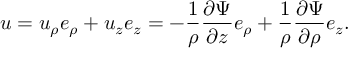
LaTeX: { \boldsymbol { u } } = u _ { \rho } { \boldsymbol { e } } _ { \rho } + u _ { z } { \boldsymbol { e } } _ { z } = - { \frac { 1 } { \rho } } { \frac { \partial \Psi } { \partial z } } { \boldsymbol { e } } _ { \rho } + { \frac { 1 } { \rho } } { \frac { \partial \Psi } { \partial \rho } } { \boldsymbol { e } } _ { z } .